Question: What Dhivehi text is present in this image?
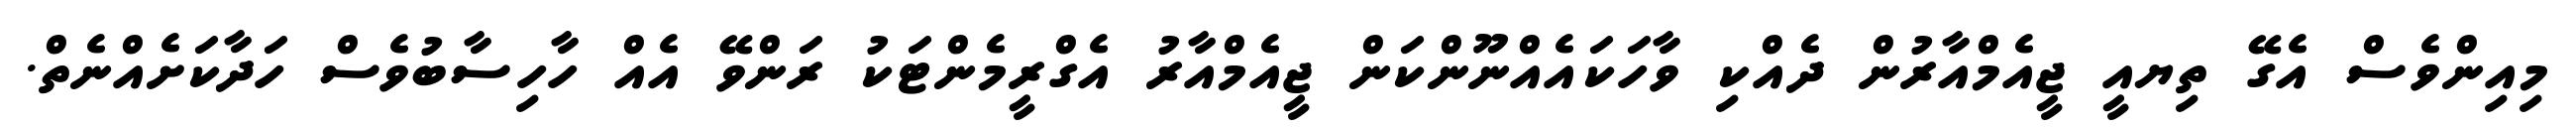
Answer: މިއިންވެސް އެގޭ ތިޔއީ ޖީއެމްއާރުން ދެއްކި ވާހަކައެއްނޫންކަން ޖީއެމްއާރު އެގްރީމެންޓަކު ރަންވޭ އެއް ހާހިސާބުވެސް ހަދާކަށެއްނެތް.